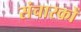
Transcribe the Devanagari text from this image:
संचारकों